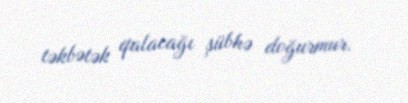
təkbətək qalacağı şübhə doğurmur.